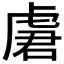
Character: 𰲣